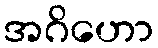
အဂိဟော